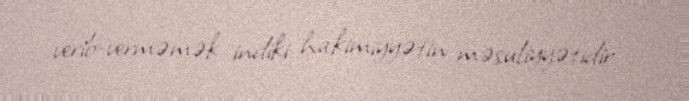
verib-verməmək indiki hakimiyyətin məsuliyyətidir.